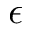
\epsilon